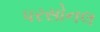
પરસોનલ